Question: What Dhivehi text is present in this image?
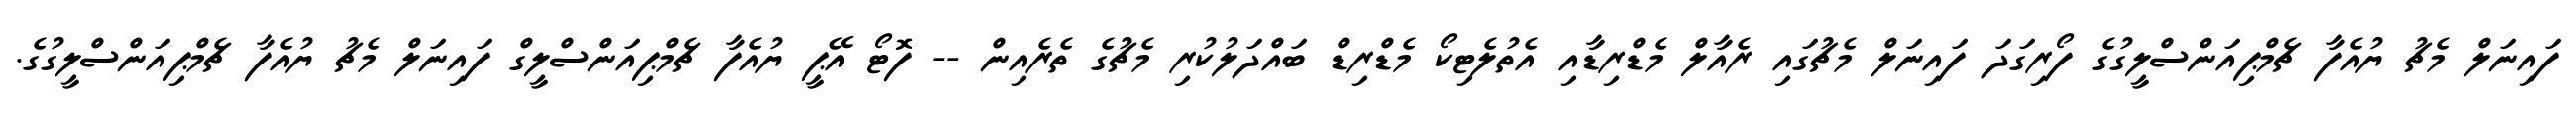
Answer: ފައިނަލް މެޗު ޔުއެފާ ޗެމްޕިއަންސްލީގުގެ ފޯރިގަދަ ފައިނަލް މެޗުގައި ރެއާލް މެޑްރިޑާއި އެތުލެޓިކޯ މެޑްރިޑް ބައްދަލުކުރި މެޗުގެ ތެރެއިން -- ފޮޓޯ އޭޕީ ޔުއެފާ ޗެމްޕިއަންސްލީގް ފައިނަލް މެޗު ޔުއެފާ ޗެމްޕިއަންސްލީގުގެ.